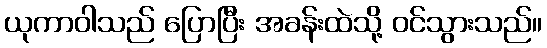
ယုကာဝါသည် ပြောပြီး အခန်းထဲသို့ ဝင်သွားသည်။